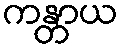
ကန္တာယ